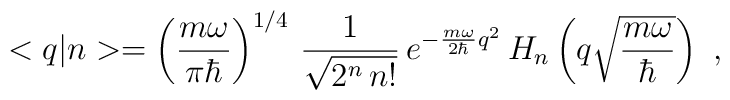
<q|n>=\left(\frac{m\omega}{\pi\hbar}\right)^{1/4}\,\frac{1}{\sqrt{2^n\,n!}}\,e^{-\frac{m\omega}{2\hbar}q^2}\,H_n\left(q\sqrt{\frac{m\omega}{\hbar}}\right)\ ,